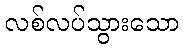
လစ်လပ်သွားသော